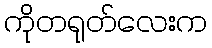
ကိုတရုတ်လေးက